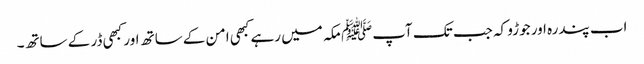
اب پندرہ اور جوڑو کہ جب تک آپﷺ مکہ میں رہے کبھی امن کے ساتھ اور کبھی ڈر کے ساتھ۔